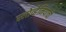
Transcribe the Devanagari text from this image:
स्लोव्हेनियाची